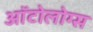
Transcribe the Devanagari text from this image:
ऑटोलोग्स